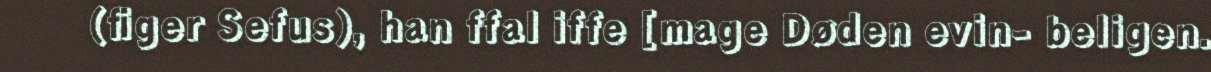
(figer Sefus), han ffal iffe [mage Døden evin- beligen.